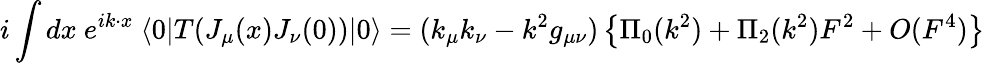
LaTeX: i\int dx~e^{ik\cdot x}~\langle 0|T(J_{\mu}(x)J_{\nu}(0))|0\rangle=(k_{\mu}k_{\nu}-k^{2}g_{\mu\nu})\left\{ \Pi_{0}(k^{2})+\Pi_{2}(k^{2})F^{2}+O(F^{4})\right\}